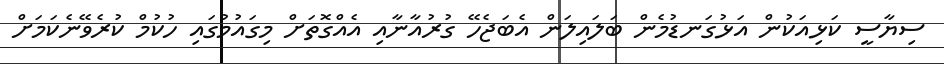
ސިޔާސީ ކަޅިއަކުން އަޅުގަނޑުމެން ބަލައިލަން އެބަޖެހޭ ގުރުއާނާއި އެއްގޮތަށް މިގައުމުގައި ހުކުމް ކުރެވޭނެކަމަށް